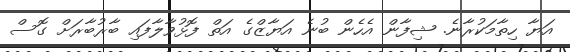
އަޔާ ހިތާމަކުރާނެ. ޝިފާން އެހެން ބުނެ އަޔާޒްގެ އަތް ފޮޅުވާލާފައި ބާރުބާރަށް ގޮސް